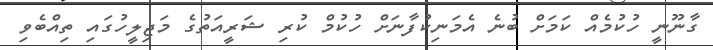
ގާނޫނީ ހުކުމެއް ކަމަށް ބުނެ އެމަނިކުފާނަށް ހުކުމް ކުރި ޝަރީއަތުގެ މަޖިލީހުގައި ތިއްބެވި